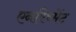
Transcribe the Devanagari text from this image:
एनरिच्मेंट